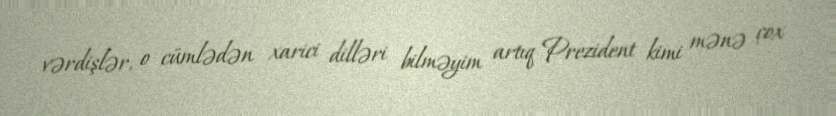
vərdişlər, o cümlədən xarici dilləri bilməyim artıq Prezident kimi mənə çox